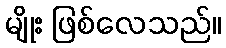
မျိုး ဖြစ်လေသည်။